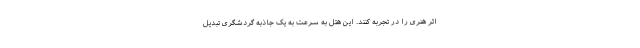
اثر هنری را در تجربه کنند. این هتل به سرعت به یک جاذبه گردشگری تبدیل